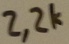
Text: 2,2K